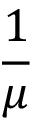
\frac { 1 } { \mu }